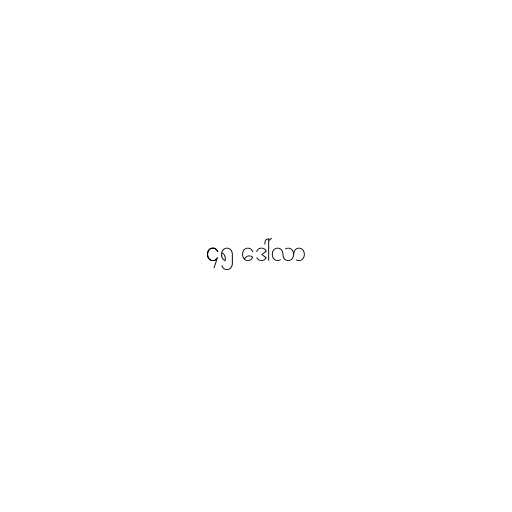
၄၅ ဒေါ်လာ